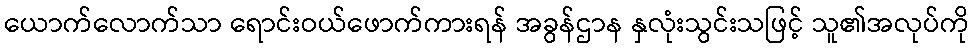
ယောက်လောက်သာ ရောင်းဝယ်ဖောက်ကားရန် အခွန်ဌာန နှလုံးသွင်းသဖြင့် သူ၏အလုပ်ကို